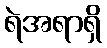
ရဲအရာရှိ